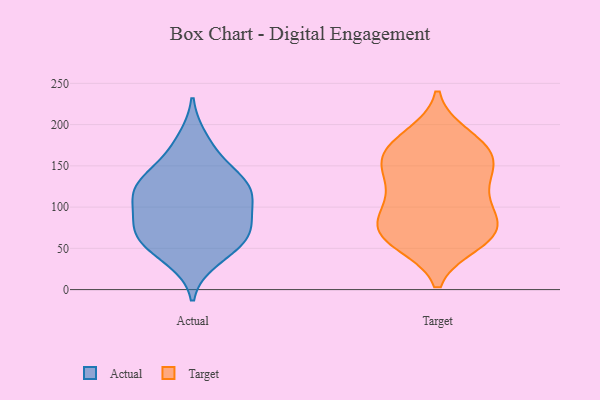
{"axis": {"x": "Revenue (USD Million)", "y": "Value"}, "legend": ["Actual", "Target"], "data": [{"x": "", "y": 126, "type": "Actual"}, {"x": "", "y": 123, "type": "Actual"}, {"x": "", "y": 76, "type": "Actual"}, {"x": "", "y": 49, "type": "Actual"}, {"x": "", "y": 70, "type": "Actual"}, {"x": "", "y": 120, "type": "Actual"}, {"x": "", "y": 37, "type": "Actual"}, {"x": "", "y": 60, "type": "Actual"}, {"x": "", "y": 112, "type": "Actual"}, {"x": "", "y": 121, "type": "Actual"}, {"x": "", "y": 160, "type": "Actual"}, {"x": "", "y": 182, "type": "Actual"}, {"x": "", "y": 94, "type": "Actual"}, {"x": "", "y": 139, "type": "Actual"}, {"x": "", "y": 63, "type": "Actual"}, {"x": "", "y": 81, "type": "Actual"}, {"x": "", "y": 175, "type": "Target"}, {"x": "", "y": 67, "type": "Target"}, {"x": "", "y": 139, "type": "Target"}, {"x": "", "y": 93, "type": "Target"}, {"x": "", "y": 62, "type": "Target"}, {"x": "", "y": 63, "type": "Target"}, {"x": "", "y": 146, "type": "Target"}, {"x": "", "y": 165, "type": "Target"}, {"x": "", "y": 152, "type": "Target"}, {"x": "", "y": 73, "type": "Target"}, {"x": "", "y": 186, "type": "Target"}, {"x": "", "y": 94, "type": "Target"}, {"x": "", "y": 116, "type": "Target"}, {"x": "", "y": 57, "type": "Target"}, {"x": "", "y": 73, "type": "Target"}, {"x": "", "y": 111, "type": "Target"}, {"x": "", "y": 154, "type": "Target"}, {"x": "", "y": 178, "type": "Target"}]}